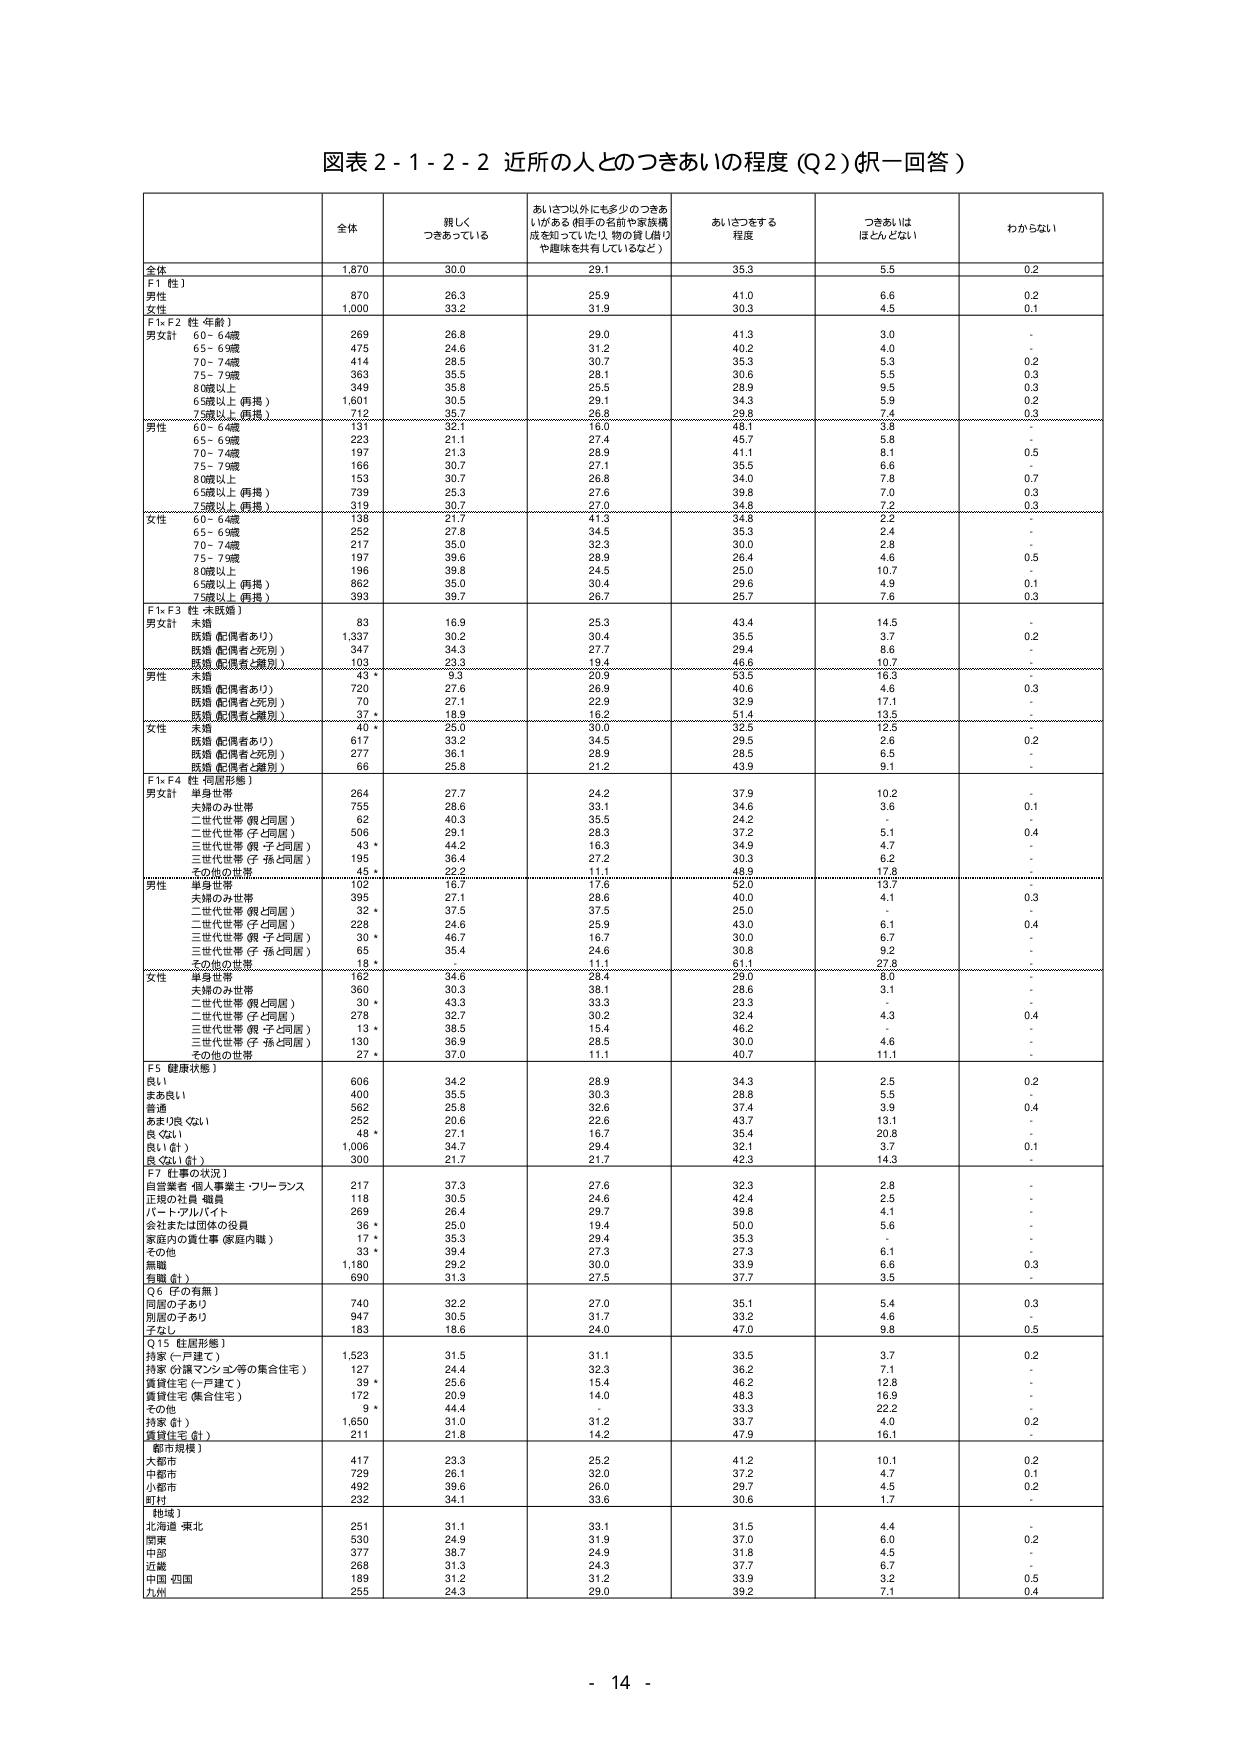
図表２-１-２-２ 近所の人とのつきあいの程度（Q２）（択一回答）

全体
親しく
つきあっている
あいさつ以外にも多少のつきあ
いがある（相手の名前や家族構
成を知っていたり、物の貸し借り
や趣味を共有しているなど）
あいさつをする
程度
つきあいは
ほとんどない
わからない

全体
1,870
30.0
29.1
35.3
5.5
0.2

F1［性］
男性
870
26.3
25.9
41.0
6.6
0.2
女性
1,000
33.2
31.9
30.3
4.5
0.1

F1×F2［性・年齢］
男女計
60－64歳
269
26.8
29.0
41.3
3.0
-
65－69歳
475
24.6
31.2
40.2
4.0
-
70－74歳
414
28.5
30.7
35.3
5.3
0.2
75－79歳
363
35.5
28.1
30.6
5.5
0.3
80歳以上
349
35.8
25.5
28.9
9.5
0.3
65歳以上（再掲）
1,601
30.5
29.1
34.3
5.9
0.2
75歳以上（再掲）
712
35.7
26.8
29.8
7.4
0.3

男性
60－64歳
131
32.1
16.0
48.1
3.8
-
65－69歳
223
21.1
27.4
45.7
5.8
-
70－74歳
197
21.3
28.9
41.1
8.1
0.5
75－79歳
166
30.7
27.1
35.5
6.6
-
80歳以上
153
30.7
26.8
34.0
7.8
0.7
65歳以上（再掲）
739
25.3
27.6
39.8
7.0
0.3
75歳以上（再掲）
319
30.7
27.0
34.8
7.2
0.3

女性
60－64歳
138
21.7
41.3
34.8
2.2
-
65－69歳
252
27.8
34.5
35.3
2.4
-
70－74歳
217
35.0
32.3
30.0
2.8
-
75－79歳
197
39.6
28.9
26.4
4.6
0.5
80歳以上
196
39.8
24.5
25.0
10.7
-
65歳以上（再掲）
862
35.0
30.4
29.6
4.9
0.1
75歳以上（再掲）
393
39.7
26.7
25.7
7.6
0.3

F1×F3［性・未既婚］
男女計
未婚
83
16.9
25.3
43.4
14.5
-
既婚（配偶者あり）
1,337
30.2
30.4
35.5
3.7
0.2
既婚（配偶者と死別）
347
34.3
27.7
29.4
8.6
-
既婚（配偶者と離別）
103
23.3
19.4
46.6
10.7
-

男性
未婚
43 *
9.3
20.9
53.5
16.3
-
既婚（配偶者あり）
720
27.6
26.9
40.6
4.6
0.3
既婚（配偶者と死別）
70
27.1
22.9
32.9
17.1
-
既婚（配偶者と離別）
37 *
18.9
16.2
51.4
13.5
-

女性
未婚
40 *
25.0
30.0
32.5
12.5
-
既婚（配偶者あり）
617
33.2
34.5
29.5
2.6
0.2
既婚（配偶者と死別）
277
36.1
28.9
28.5
6.5
-
既婚（配偶者と離別）
66
25.8
21.2
43.9
9.1
-

F1×F4［性・同居形態］
男女計
単身世帯
264
27.7
24.2
37.9
10.2
-
夫婦のみ世帯
755
28.6
33.1
34.6
3.6
0.1
二世代世帯（親と同居）
62
40.3
35.5
24.2
-
-
二世代世帯（子と同居）
506
29.1
28.3
37.2
5.1
0.4
三世代世帯（親・子と同居）
43 *
44.2
16.3
34.9
4.7
-
三世代世帯（子・孫と同居）
195
36.4
27.2
30.3
6.2
-
その他の世帯
45 *
22.2
11.1
48.9
17.8
-

男性
単身世帯
102
16.7
17.6
52.0
13.7
-
夫婦のみ世帯
395
27.1
28.6
40.0
4.1
0.3
二世代世帯（親と同居）
32 *
37.5
37.5
-
-
-
二世代世帯（子と同居）
228
24.6
25.9
43.0
6.1
0.4
三世代世帯（親・子と同居）
30 *
46.7
16.7
30.0
6.7
-
三世代世帯（子・孫と同居）
65
35.4
24.6
30.8
9.2
-
その他の世帯
18 *
-
11.1
61.1
27.8
-

女性
単身世帯
162
34.6
28.4
29.0
8.0
-
夫婦のみ世帯
360
30.3
38.1
28.6
3.1
-
二世代世帯（親と同居）
30 *
43.3
33.3
-
-
-
二世代世帯（子と同居）
278
32.7
30.2
32.4
4.3
0.4
三世代世帯（親・子と同居）
13 *
38.5
15.4
46.2
-
-
三世代世帯（子・孫と同居）
130
36.9
28.5
30.0
4.6
-
その他の世帯
27 *
37.0
11.1
40.7
11.1
-

F5［健康状態］
良い
606
34.2
28.9
34.3
2.5
0.2
まあ良い
400
35.5
30.3
28.8
5.5
-
普通
562
25.8
32.6
37.4
3.9
0.4
あまり良くない
252
20.6
22.6
43.7
13.1
-
良くない
48 *
27.1
16.7
35.4
20.8
-
良い（計）
1,006
34.7
29.4
32.1
3.7
0.1
良くない（計）
300
21.7
21.7
42.3
14.3
-

F7［仕事の状況］
自営業者・個人事業主・フリーランス
217
37.3
27.6
32.3
2.8
-
正規の社員・職員
118
30.5
24.6
42.4
2.5
-
パート・アルバイト
269
26.4
29.7
39.8
4.1
-
会社または団体の役員
36 *
25.0
19.4
50.0
5.6
-
家庭内の責任仕事（家庭内職）
17 *
35.3
29.4
35.3
-
-
その他
33 *
39.4
27.3
27.3
6.1
-
無職
1,180
29.2
30.0
33.9
6.6
0.3
有職（計）
690
31.3
27.5
37.7
3.5
-

Q6［子の有無］
同居の子あり
740
32.2
27.0
35.1
5.4
0.3
別居の子あり
947
30.5
31.7
33.2
4.6
-
子なし
183
18.6
24.0
47.0
9.8
0.5

Q15［住居形態］
持家（一戸建て）
1,523
31.5
31.1
33.5
3.7
0.2
持家（公営マンション等の集合住宅）
127
24.4
32.3
36.2
7.1
-
賃貸住宅（一戸建て）
39 *
25.6
15.4
46.2
12.8
-
賃貸住宅（集合住宅）
172
20.9
14.0
48.3
16.9
-
その他
9 *
44.4
-
33.3
22.2
-
持家（計）
1,650
31.0
31.2
33.7
4.0
0.2
賃貸住宅（計）
211
21.8
14.2
47.9
16.1
-

［都市規模］
大都市
417
23.3
25.2
41.2
10.1
0.2
中都市
729
26.1
32.0
37.2
4.7
0.1
小都市
492
39.6
26.0
29.7
4.5
0.2
町村
232
34.1
33.6
30.6
1.7
-

［地域］
北海道・東北
251
31.1
33.1
31.5
4.4
-
関東
530
24.9
31.9
37.0
6.0
0.2
中部
377
38.7
24.9
31.8
4.5
-
近畿
268
31.3
24.3
37.7
6.7
-
中国・四国
189
31.2
31.2
33.9
3.2
0.5
九州
255
24.3
29.0
39.2
7.1
0.4

- 14 -